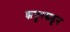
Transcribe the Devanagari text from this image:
कपूरकडून